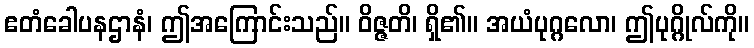
ဧတံခေါပနဌာနံ၊ ဤအကြောင်းသည်။ ဝိဇ္ဇတိ၊ ရှိ၏။ အယံပုဂ္ဂလော၊ ဤပုဂ္ဂိုလ်ကို။